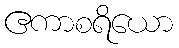
ဧကာစရိယော